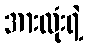
အားလုံးရဲ့